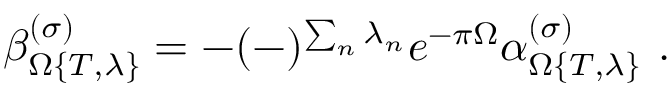
\beta _ { \Omega \{ T , \lambda \} } ^ { ( \sigma ) } = - ( - ) ^ { \sum _ { n } \lambda _ { n } } e ^ { - \pi \Omega } \alpha _ { \Omega \{ T , \lambda \} } ^ { ( \sigma ) } \ .